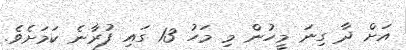
އަށް ދާ ގިނަ މީހުން މި މަހު 13 ގައި ފުރާނެ ކަމަށެވެ.